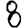
Digit: 8